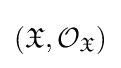
({\mathfrak {X}},{\mathcal {O}}_{\mathfrak {X}})